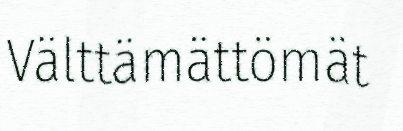
Välttämättömät